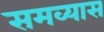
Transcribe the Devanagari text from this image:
समव्यास